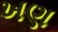
ખણ